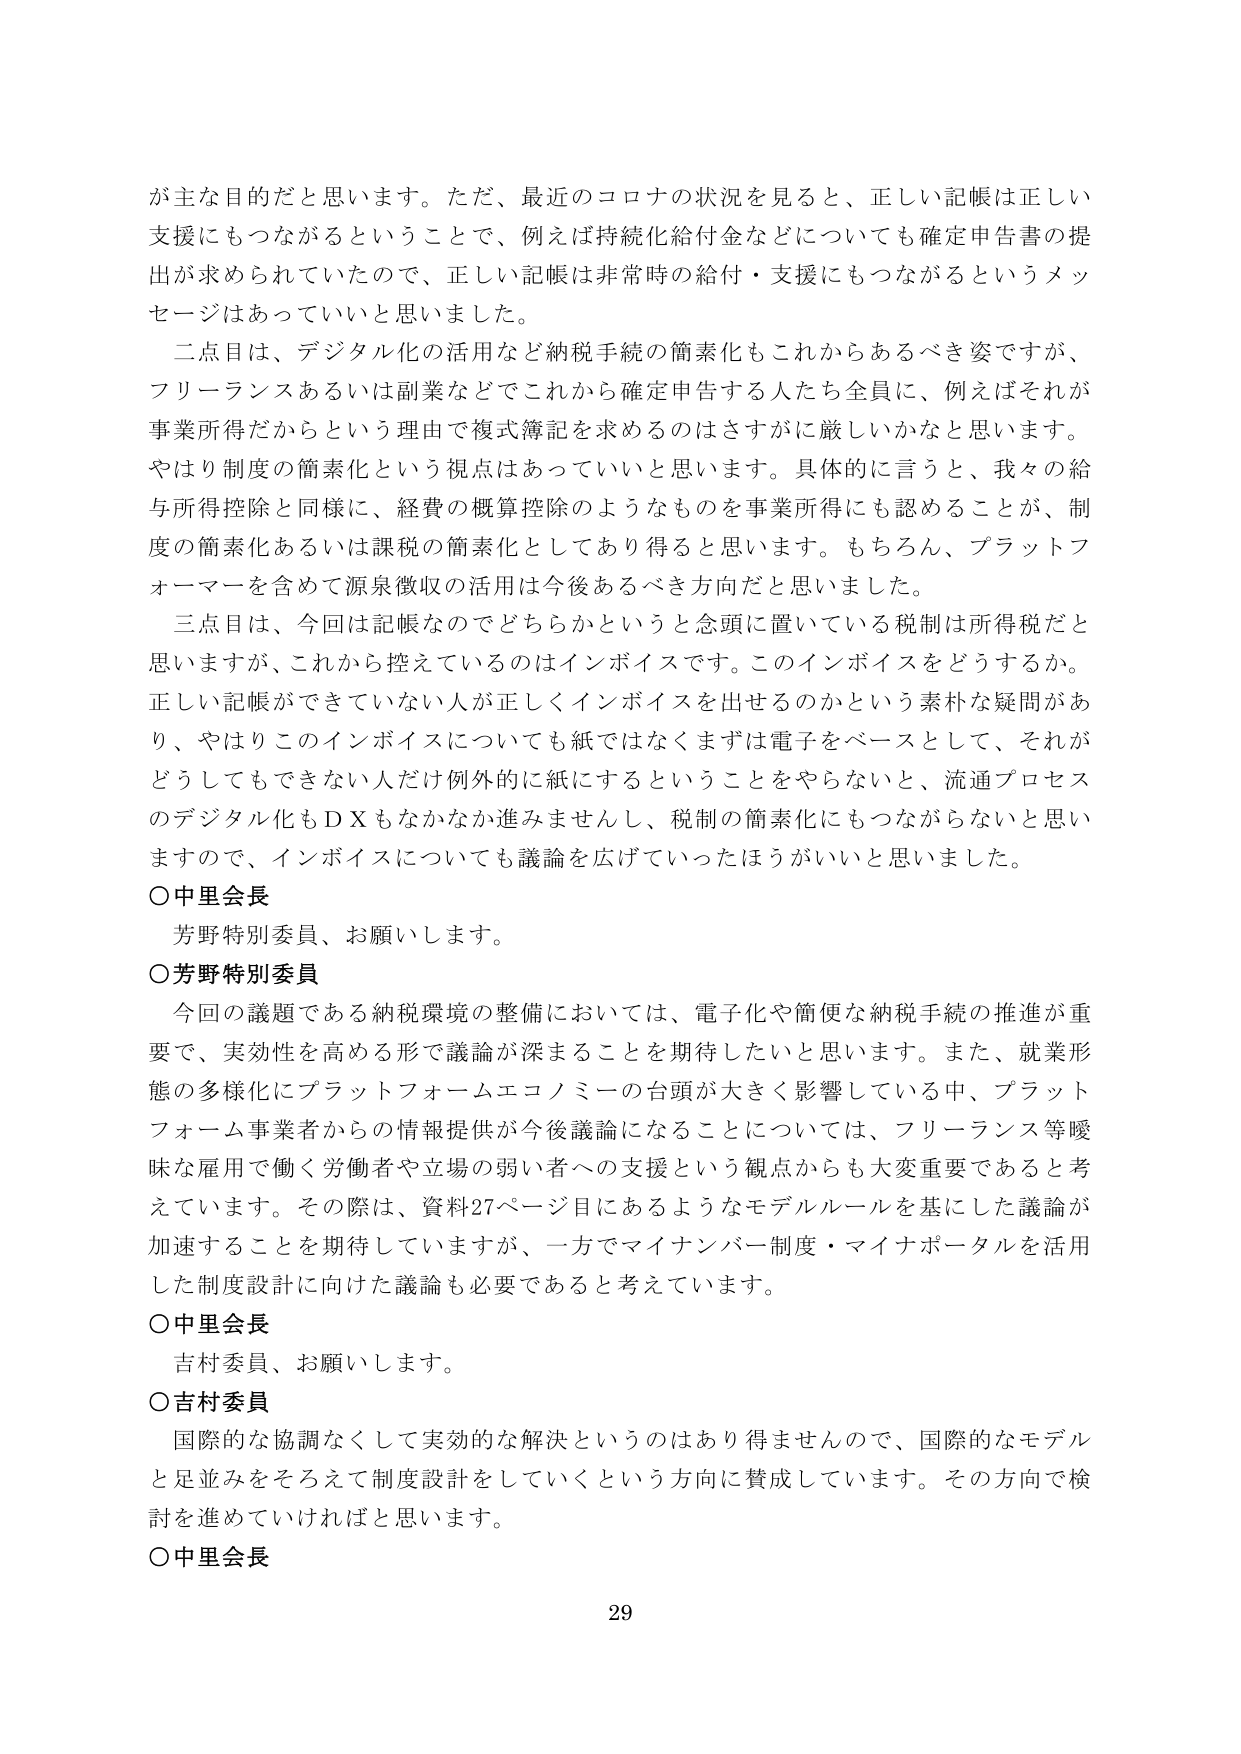
が主な目的だと思います。ただ、最近のコロナの状況を見ると、正しい記帳は正しい支援にもつながるということで、例えば持続化給付金などについても確定申告書の提出が求められていたので、正しい記帳は非常時の給付・支援にもつながるというメッセージはあっていいと思いました。

二点目は、デジタル化の活用など納税手続の簡素化もこれからあるべき姿ですが、フリーランスあるいは副業などでこれから確定申告する人たち全員に、例えばそれが事業所得だからという理由で複式簿記を求めるのはさすがに厳しいかなと思います。やはり制度の簡素化という視点はあっていいと思います。具体的に言うと、我々の給与所得控除と同様に、経費の概算控除のようなものを事業所得にも認めることが、制度の簡素化あるいは課税の簡素化としてあり得ると思います。もちろん、プラットフォーマーを含めて源泉徴収の活用は今後あるべき方向だと思いました。

三点目は、今回は記帳なのでどちらかというと念頭に置いている税制は所得税だと思いますが、これから控えているのはインボイスです。このインボイスをどうするか。正しい記帳ができていない人が正しくインボイスを出せるのかという素朴な疑問があり、やはりこのインボイスについても紙ではなくまずは電子をベースとして、それがどうしてもできない人だけ例外的に紙にするということをやらないと、流通プロセスのデジタル化もＤＸもなかなか進みませんし、税制の簡素化にもつながらないと思いますので、インボイスについても議論を広げていったほうがいいと思いました。

○中里会長
芳野特別委員、お願いします。

○芳野特別委員
今回の議題である納税環境の整備においては、電子化や簡便な納税手続の推進が重要で、実効性を高める形で議論が深まることを期待したいと思います。また、就業形態の多様化にプラットフォームエコノミーの台頭が大きく影響している中、プラットフォーム事業者からの情報提供が今後議論になることについては、フリーランス等曖昧な雇用で働く労働者や立場の弱い者への支援という観点からも大変重要であると考えています。その際は、資料27ページ目にあるようなモデルルールを基にした議論が加速することを期待していますが、一方でマイナンバー制度・マイナポータルを活用した制度設計に向けた議論も必要であると考えています。

○中里会長
吉村委員、お願いします。

○吉村委員
国際的な協調なくして実効的な解決というのはあり得ませんので、国際的なモデルと足並みをそろえて制度設計をしていくという方向に賛成しています。その方向で検討を進めていけばと思います。

○中里会長
29